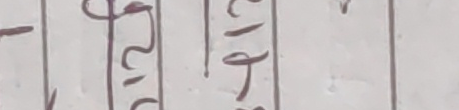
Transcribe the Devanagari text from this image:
२१